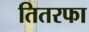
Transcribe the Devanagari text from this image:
तितरफा